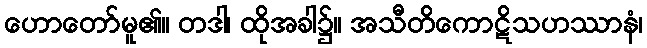
ဟောတော်မူ၏။ တဒါ၊ ထိုအခါ၌။ အသီတိကောဋိသဟဿာနံ၊